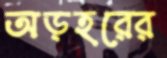
অড়হরের